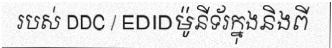
របស់ DDC / EDIDម៉ូនីទ័រក្នុងនិងពី